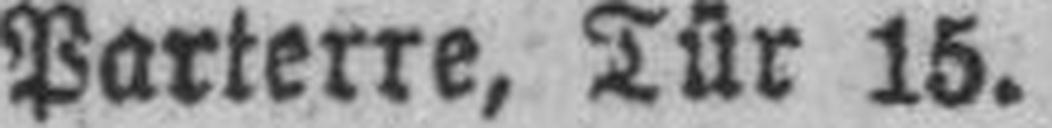
Parterre, Tür 15.